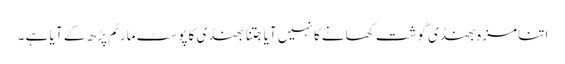
اتنا مزہ بھنڈی گوشت کھانے کا نہیں آیا جتنا بھنڈی کا پوسٹ مارٹم پڑ ھ کے آ یا ہے ۔